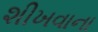
શીખવાના